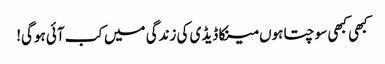
کبھی کبھی سوچتا ہوں مینکا ڈیڈی کی زندگی میں کب آئی ہوگی!